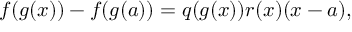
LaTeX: f ( g ( x ) ) - f ( g ( a ) ) = q ( g ( x ) ) r ( x ) ( x - a ) ,